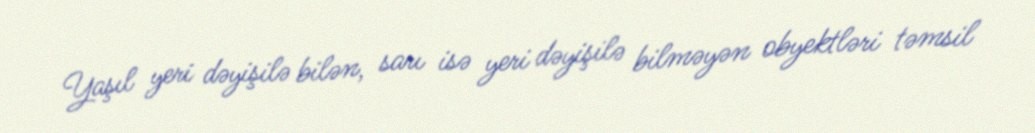
Yaşıl yeri dəyişilə bilən, sarı isə yeri dəyişilə bilməyən obyektləri təmsil